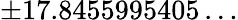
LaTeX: \pm 17.8455995405\ldots